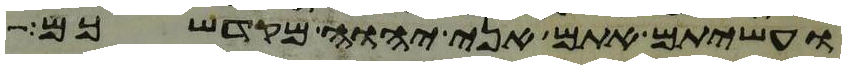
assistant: ועשיתם אתם אני יהוה מקדשכם